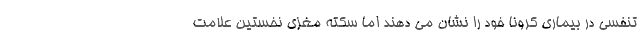
تنفسی در بیماری کرونا خود را نشان می دهند اما سکته مغزی نخستین علامت